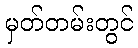
မှတ်တမ်းတွင်